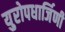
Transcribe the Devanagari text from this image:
युरोपधार्जिणी